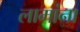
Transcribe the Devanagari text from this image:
लामांना